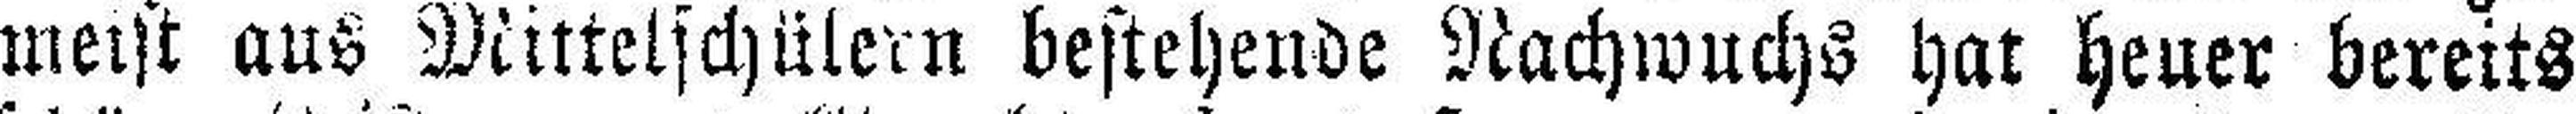
meist aus Mittelschülern bestehende Nachwuchs hat Heuer bereits